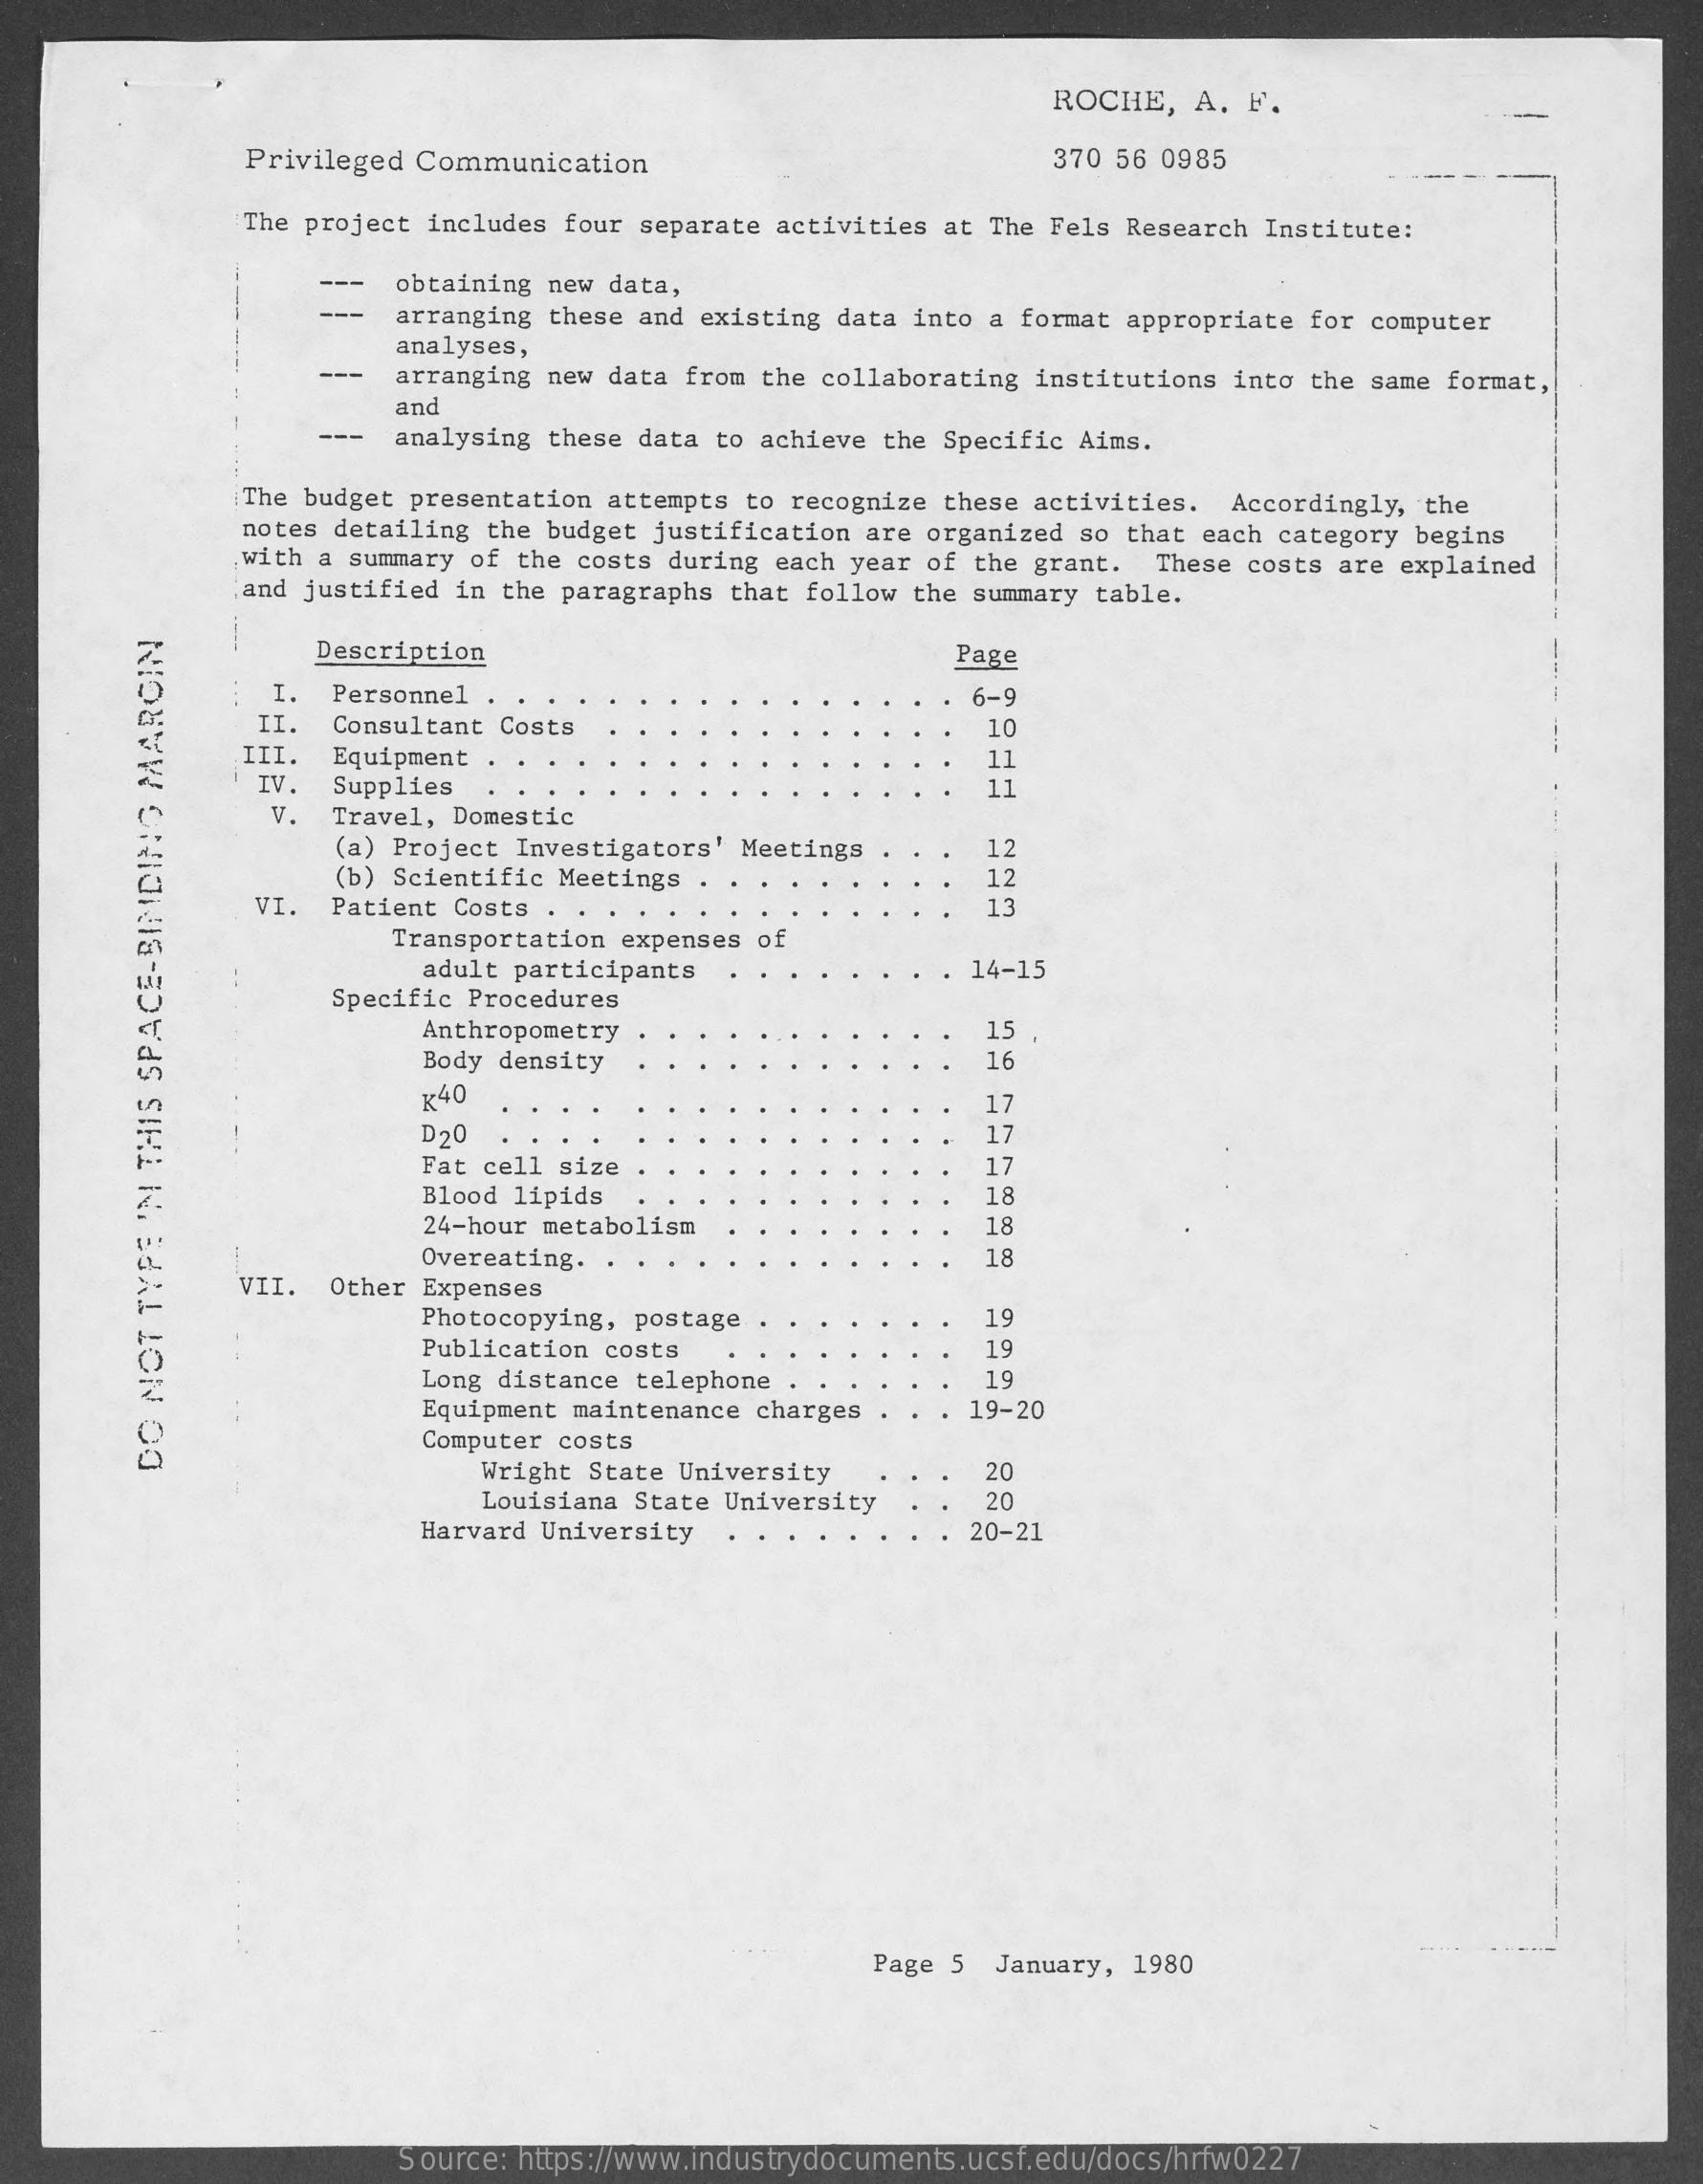
ROCHE,  A. F.
     Privileged Communication    370 56 0985
     The project includes four separate activities at The Fels Research Institute:
     obtaining new data,
     --- arranging these and existing data into a format appropriate for computer
     analyses,
     --   arranging new data from the collaborating institutions into the same format,
     and
     --- analysing these data to achieve the Specific Aims.
     The budget presentation attempts to recognize these activities. Accordingly, the
     notes detailing the budget justification are organized so that each category begins
     with a summary of the costs during each year of the grant. These costs are explained
     and justified in the paragraphs that follow the summary table.
     Description    Page
     I. Personnel    6-9
     II. Consultant Costs    10
     III. Equipment .    11
     IV. Supplies    11
     V. Travel, Domestic
     (a) Project Investigators' Meetings  12
     (b) Scientific Meetings    12
     VI. Patient Costs .    13
     Transportation expenses of
     adult participants    14-15
     Specific Procedures
     Anthropometry    15
     Body density    16
     ₭ 40    17
     D20    17
     Fat cell size    17
     Blood lipids    18
     24-hour metabolism    18
     Overeating.    18
     VII. Other Expenses
     Photocopying, postage    19
     Publication costs    19
     Long distance telephone    19
     Equipment maintenance charges  19-20
     Computer costs
     Wright State University    20
     DO
     NOT
     TYPE
     IN
     THIS
     SPACE-BINDING
     MARCIN
     Louisiana State University  20
     Harvard University    20-21
     Page 5 January, 1980
     Source: https://www.industrydocuments.ucsf.edu/docs/hrfw0227